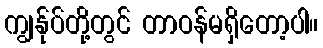
ကျွန်ုပ်တို့တွင် တာဝန်မရှိတော့ပါ။